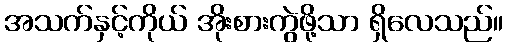
အသက်နှင့်ကိုယ် အိုးစားကွဲဖို့သာ ရှိလေသည်။